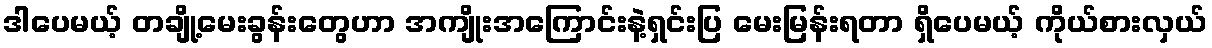
ဒါပေမယ့် တချို့မေးခွန်းတွေဟာ အကျိုးအကြောင်းနဲ့ရှင်းပြ မေးမြန်းရတာ ရှိပေမယ့် ကိုယ်စားလှယ်